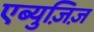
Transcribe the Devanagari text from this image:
एब्युज़िज़